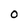
Character: O